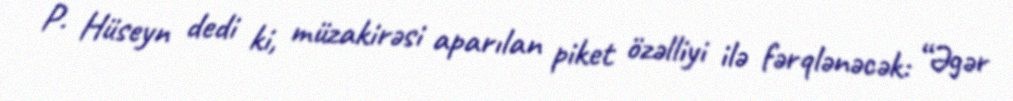
P. Hüseyn dedi ki, müzakirəsi aparılan piket özəlliyi ilə fərqlənəcək: “Əgər